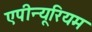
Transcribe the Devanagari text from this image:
एपीन्यूरियम